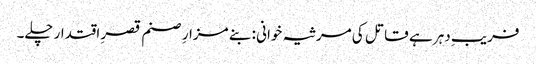
فریبِ دہر ہے قاتل کی مرثیہ خوانی : بنے مزارِ صنم قصرِ اقتدار چلے۔